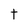
Character: t